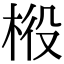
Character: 𣒃